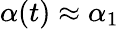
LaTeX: \alpha(t)\approx\alpha_{1}